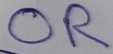
Text: OR